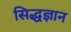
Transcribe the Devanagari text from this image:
सिद्धज्ञान